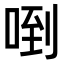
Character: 𠴼